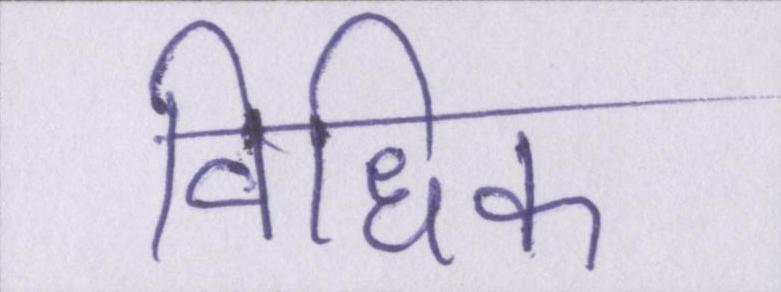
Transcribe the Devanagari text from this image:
विधिक